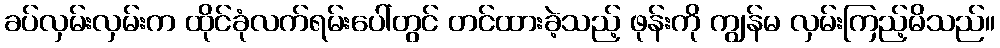
ခပ်လှမ်းလှမ်းက ထိုင်ခုံလက်ရမ်းပေါ်တွင် တင်ထားခဲ့သည့် ဖုန်းကို ကျွန်မ လှမ်းကြည့်မိသည်။